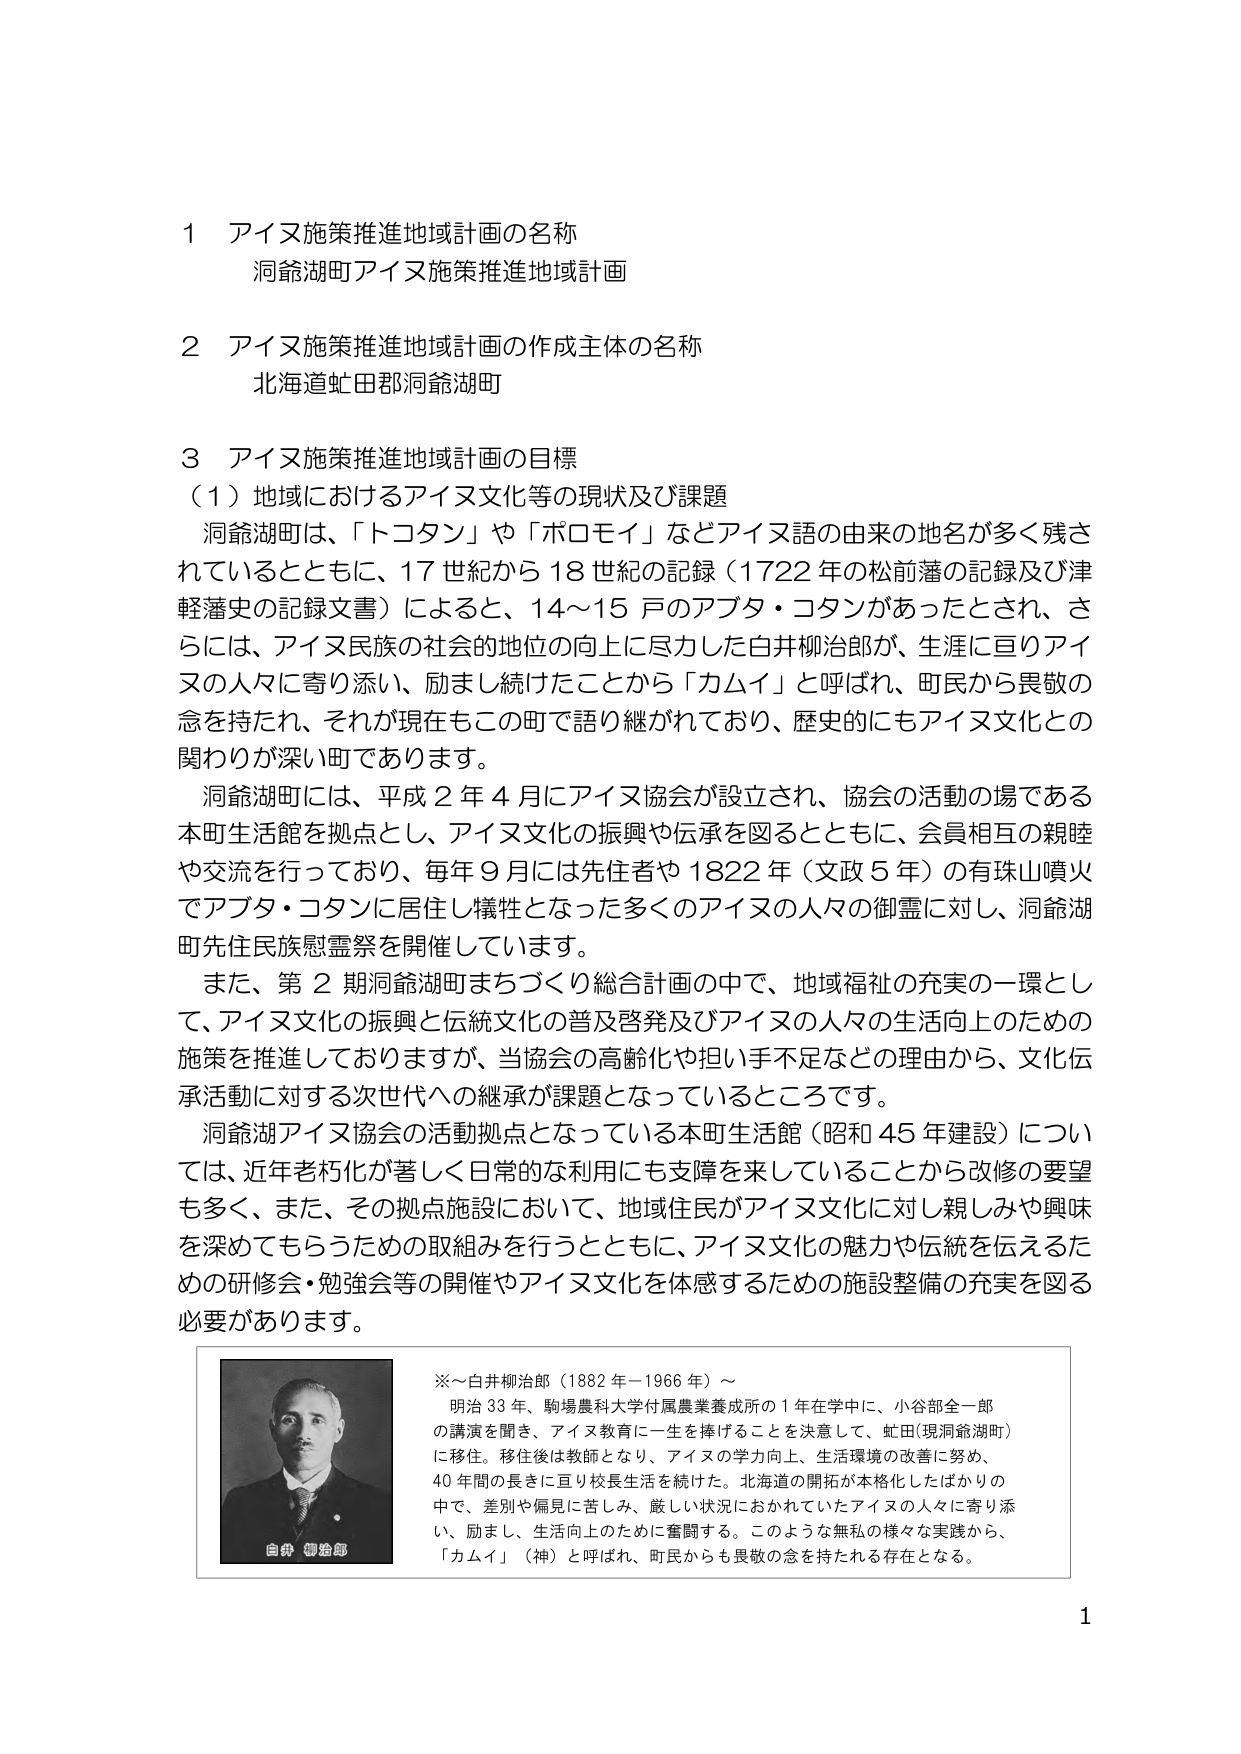
1 アイヌ施策推進地域計画の名称
洞爺湖町アイヌ施策推進地域計画

2 アイヌ施策推進地域計画の作成主体の名称
北海道虻田郡洞爺湖町

3 アイヌ施策推進地域計画の目標
（1）地域におけるアイヌ文化等の現状及び課題
洞爺湖町は、「トコタン」や「ポロモイ」などアイヌ語の由来の地名が多く残されているとともに、17世紀から18世紀の記録（1722年の松前藩の記録及び津軽藩史の記録文書）によると、14～15戸のアプタ・コタンがあったとされ、さらには、アイヌ民族の社会的地位の向上に尽力した白井柳治郎が、生涯に亘りアイヌの人々に寄り添い、励まし続けたことから「カムイ」と呼ばれ、町民から畏敬の念を持たれ、それが現在もこの町で語り継がれており、歴史的にもアイヌ文化との関わりが深い町であります。
洞爺湖町には、平成2年4月にアイヌ協会が設立され、協会の活動の場である本町生活館を拠点とし、アイヌ文化の振興や伝承を図るとともに、会員相互の親睦や交流を行っており、毎年9月には先住者や1822年（文政5年）の有珠山噴火でアプタ・コタンに居住し犠牲となった多くのアイヌの人々の御霊に対し、洞爺湖町先住民族慰霊祭を開催しています。
また、第2期洞爺湖町まちづくり総合計画の中で、地域福祉の充実の一環として、アイヌ文化の振興と伝統文化の普及啓発及びアイヌの人々の生活向上のための施策を推進しておりますが、当協会の高齢化や担い手不足などの理由から、文化伝承活動に対する次世代への継承が課題となっているところです。
洞爺湖アイヌ協会の活動拠点となっている本町生活館（昭和45年建設）については、近年老朽化が著しく日常的な利用にも支障を来していることから改修の要望も多く、また、その拠点施設において、地域住民がアイヌ文化に対し親しみや興味を深めてもらうための取組みを行うとともに、アイヌ文化の魅力や伝統を伝えるための研修会・勉強会等の開催やアイヌ文化を体感するための施設整備の充実を図る必要があります。

※～白井柳治郎（1882年－1966年）～
明治33年、駒場農科大学付属農業養成所の1年在学中に、小谷部全一郎の講演を聞き、アイヌ教育に一生を捧げることを決意して、虻田（現洞爺湖町）に移住。移住後は教師となり、アイヌの学力向上、生活環境の改善に努め、40年間の長きに亘り校長生活を続けた。北海道の開拓が本格化したばかりの中、差別や偏見に苦しみ、厳しい状況におかれていたアイヌの人々に寄り添い、励まし、生活向上のために奮闘する。このような無私の様々な実践から、「カムイ」（神）と呼ばれ、町民からも畏敬の念を持たれる存在となる。

白井 柳治郎

1